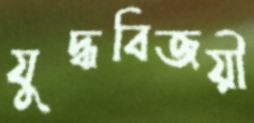
যুদ্ধবিজয়ী